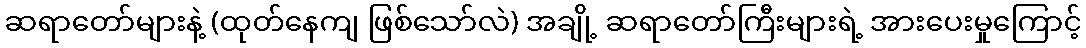
ဆရာတော်များနဲ့ (ထုတ်နေကျ ဖြစ်သော်လဲ) အချို့ ဆရာတော်ကြီးများရဲ့ အားပေးမှုကြောင့်